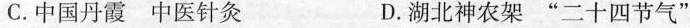
C.中国丹霞中医针灸 D.湖北神农架“二十四节气”